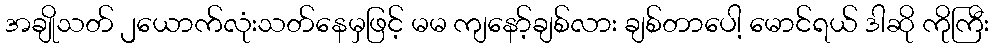
အချိုသတ် ၂ယောက်လုံးသတ်နေမှဖြင့် မမ ကျနော့်ချစ်လား ချစ်တာပေါ့ မောင်ရယ် ဒါဆို ကိုကြီး